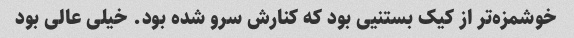
خوشمزه‌تر از کیک بستنیی بود که کنارش سرو شده بود. خیلی عالی بود